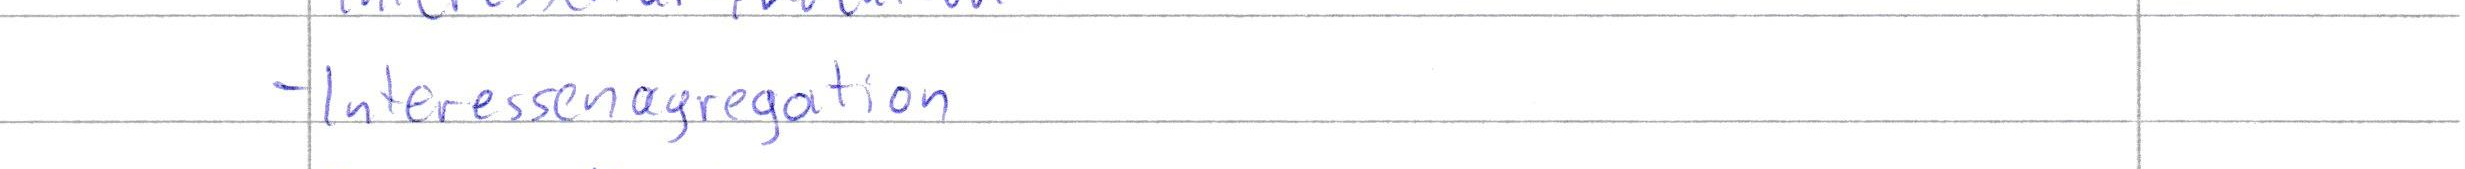
- Interessenagregation